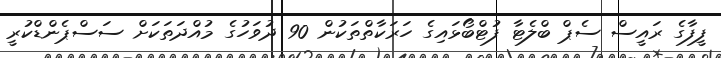
ފީފާގެ ރައީސް ސެޕް ބްލެޓާ ފުޓްބޯޅައިގެ ހަރަކާތްތަކުން 90 ދުވަހުގެ މުއްދަތަކަށް ސަސްޕެންޑްކުރީ